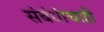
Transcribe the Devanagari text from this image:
संबंधांचाही